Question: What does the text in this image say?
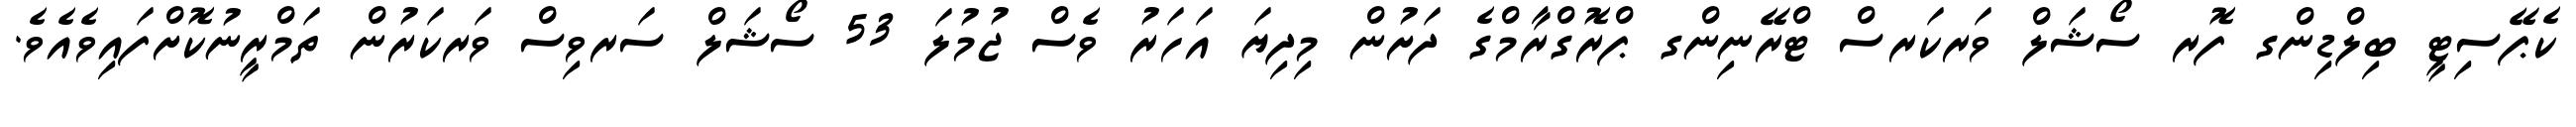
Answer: ކެޕޭސިޓީ ބިލްޑިންގ ފޮރ ސޯޝަލް ވަރކަރސް ޓްރޭނިންގ ޕްރޮގްރާމްގެ ދަށުން މިދިޔަ އަހަރު ވެސް ޖުމުލަ 53 ސޯޝަލް ސަރވިސް ވަރކަރުން ތަމްރީނުކޮށްފައިވެއެވެ.